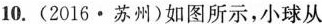
10.(2016·苏州)如图所示，小球从